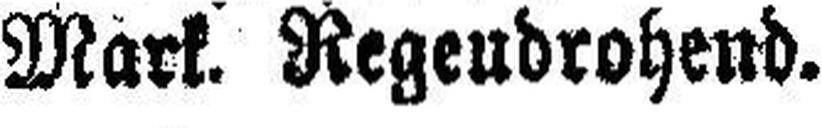
Mark. Regeudrohend.